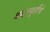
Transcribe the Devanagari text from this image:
श्रद्धास्फूर्तीचे